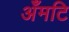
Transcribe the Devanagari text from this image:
अँमटि